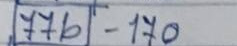
776 - 170